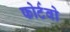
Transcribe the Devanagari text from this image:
फोर्टवो